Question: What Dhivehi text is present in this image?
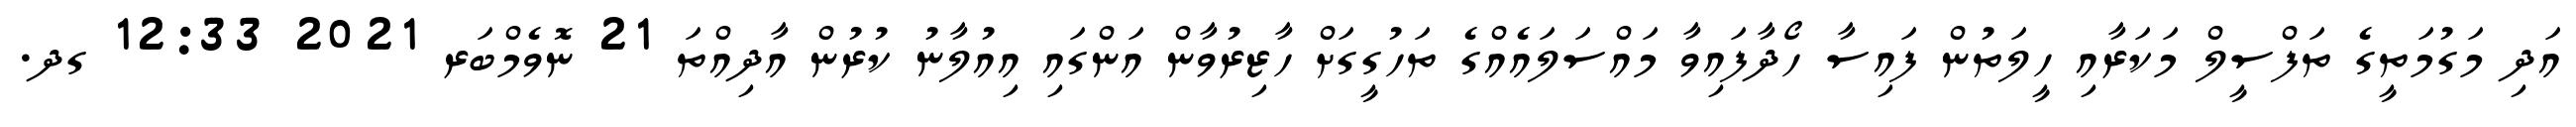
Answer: އަދި މަގުމަތީގެ ތަފްސީލް މަކަރާއި ހީލަތުން ފައިސާ ހޯދާފައިވާ މައްސަލައެއްގެ ތަހުގީގަށް ހާޒިރުވާން އަންގައި އިއުލާނު ކުރުން އާދިއްތަ 21 ނޮވެމްބަރ 2021 12:33 ގދ.